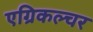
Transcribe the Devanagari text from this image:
एग्रिकल्चर